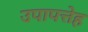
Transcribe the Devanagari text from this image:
उपापत्तेह